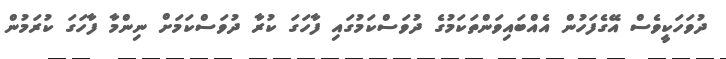
ދުވަހަކީވެސް އޭގެފަހުން އެއްބައިވަންތަކަމުގެ ދުވަސްކަމުގައި ފާހަގަ ކުރާ ދުވަސްކަމަށް ނިންމާ ފާހަގަ ކުރަމުން